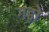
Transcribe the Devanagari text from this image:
गढ़ो